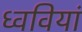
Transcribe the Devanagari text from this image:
ध्ववियां